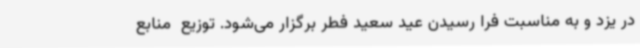
در یزد و به مناسبت فرا رسیدن عید سعید فطر برگزار می‌شود. توزیع  منابع